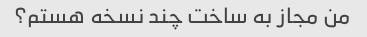
من مجاز به ساخت چند نسخه هستم؟